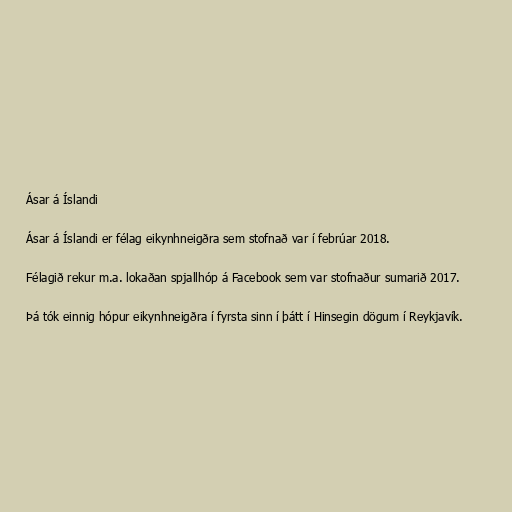
Ásar á Íslandi

Ásar á Íslandi er félag eikynhneigðra sem stofnað var í febrúar 2018.

Félagið rekur m.a. lokaðan spjallhóp á Facebook sem var stofnaður sumarið 2017.

Þá tók einnig hópur eikynhneigðra í fyrsta sinn í þátt í Hinsegin dögum í Reykjavík.